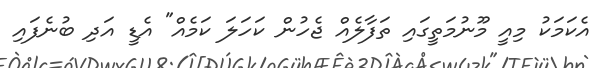
އެކަމަކު މިއީ މޫނުމަތީގައި ތަފާލެއް ޖެހުން ކަހަލަ ކަމެއް" އެޑީ އަދި ބުނެފައި